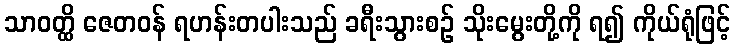
သာဝတ္ထိ ဇေတဝန် ရဟန်းတပါးသည် ခရီးသွားစဉ် သိုးမွေးတို့ကို ရ၍ ကိုယ်ရုံဖြင့်